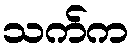
သက်က